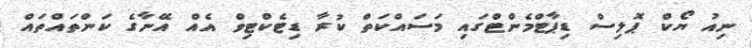
ނިއު ޔޯކް ޕޮލިސް ޑިޕާޓްމެންޓްގައި މަސައްކަތް ކުރާ ޑިޓެކްޓިވް އެއް އޭނާގެ ކަންތައްތައް